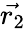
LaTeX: \vec{{r}_{2}}